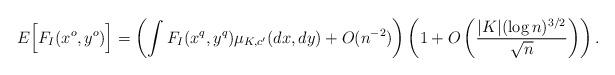
LaTeX: \begin{align*} E \Bigl[ F_I (x^o, y^o) \Bigr] = \left( \int F_I (x^q, y^q) \mu_{K,c'}(dx, dy) + O(n^{-2}) \right) \left( 1+ O \left( \frac{|K| (\log n)^{3/2}}{\sqrt{ n}} \right) \right).\end{align*}